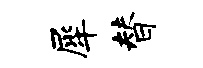
犀替